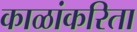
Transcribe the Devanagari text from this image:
काळांकरिता